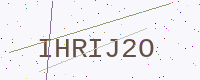
Text: IHRIJ2O